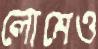
লোমেও